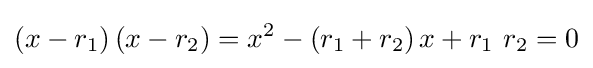
\left(x-r_{1}\right)\left(x-r_{2}\right)=x^{2}-\left(r_{1}+r_{2}\right)x+r_{1}\ r_{2}=0